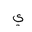
Letter: _ya